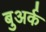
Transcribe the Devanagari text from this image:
बुअर्क